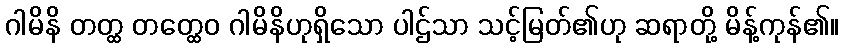
ဂါမိနိ တတ္ထ တတ္ထေဝ ဂါမိနိဟုရှိသော ပါဌ်သာ သင့်မြတ်၏ဟု ဆရာတို့ မိန့်ကုန်၏။